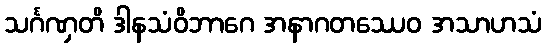
သင်္ဂဏှတိ ဒါနသံဝိဘာဂေ အနာဂတဿေဝ အသာဟသံ